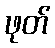
ဖုတ်